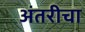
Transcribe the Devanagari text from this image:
अंतरीचा